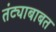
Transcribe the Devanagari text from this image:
तंट्याबाबत